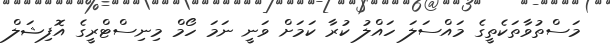
މަސްތުވާތަކެތީގެ މައްސަލަ ހައްލު ކުރާ ކަމަށް ވަނީ ނަމަ ހޯމް މިނިސްޓްރީގެ އޮފިޝަލް